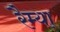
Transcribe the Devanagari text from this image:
रैम्या